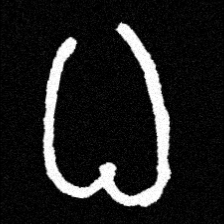
Pyu character \u2014 Myanmar letter: ဓ (romanized: dha)